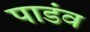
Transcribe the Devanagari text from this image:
पाडंव